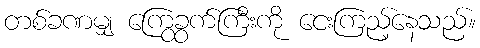
တစ်ခဏမျှ ကြွေခွက်ကြီးကို ငေးကြည့်နေသည်။